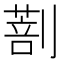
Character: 𠟌